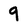
Character: 9